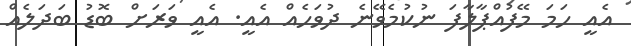
އެއީ ހަމަ މޭފުއްޕާލާފަ ނުކުމެވޭނެ ދުވަހެއް އެއީ. އެއީ ވަރަށް ބޮޑު ބަދަލެއް